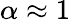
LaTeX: \alpha\approx 1